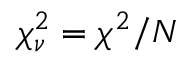
\chi _ { \nu } ^ { 2 } = \chi ^ { 2 } / N